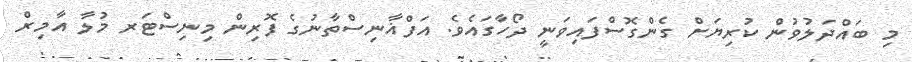
މި ބައްދަލުވުން ކުރިޔަށް ގެންގޮސްފައިވަނީ ދޯހާގައެވެ. އަފްޣާނިސްތާނުގެ ފޮރިން މިނިސްޓަރ މުލާ އާމިރް